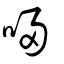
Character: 唚